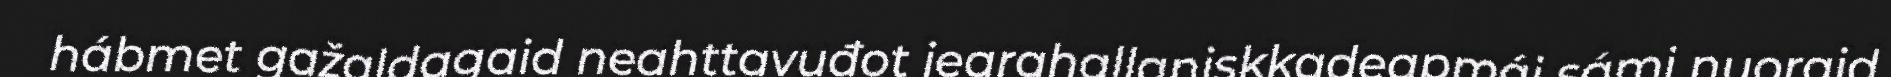
hábmet gažaldagaid neahttavuđot jearahallaniskkadeapmái sámi nuoraid